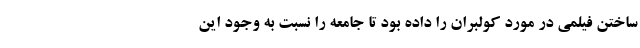
ساختن فیلمی در مورد کولبران را داده بود تا جامعه را نسبت به وجود این